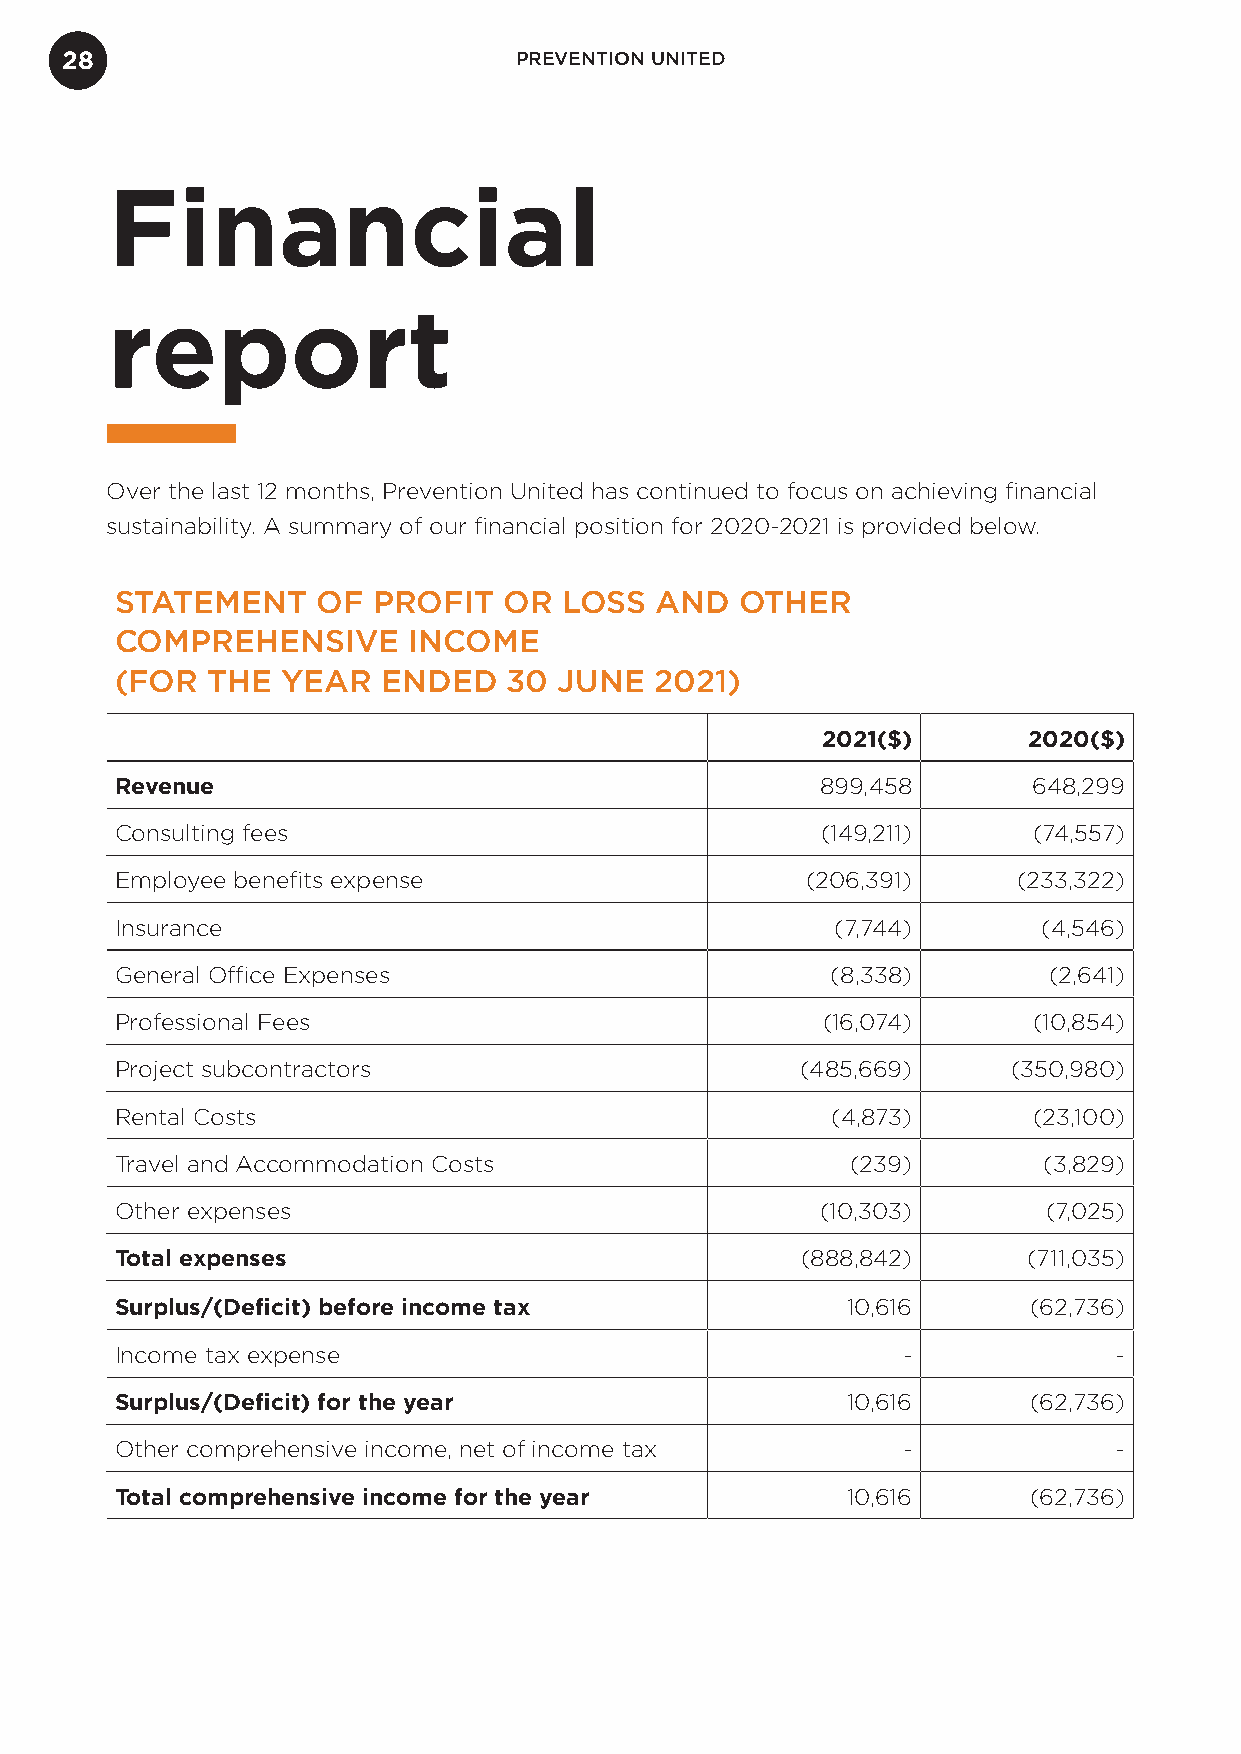
28                            PREVENTION UNITED
 Financial
 report
 Over the last 12 months, Prevention United has continued to focus on achieving financial
 sustainability. A summary of our financial position for 2020-2021 is provided below.
 STATEMENT    OF  PROFIT  OR  LOSS  AND   OTHER
 COMPREHENSIVE      INCOME
 (FOR  THE  YEAR  ENDED    30 JUNE  2021)
 2021($)       2020($)
 Revenue                                       899,458       648,299
 Consulting fees                               (149,211)     (74,557)
 Employee benefits expense                    (206,391)     (233,322)
 Insurance                                      (7,744)       (4,546)
 General Office Expenses                        (8,338)       (2,641)
 Professional Fees                             (16,074)      (10,854)
 Project subcontractors                       (485,669)     (350,980)
 Rental Costs                                   (4,873)      (23,100)
 Travel and Accommodation Costs                  (239)        (3,829)
 Other expenses                                (10,303)       (7,025)
 Total expenses                               (888,842)      (711,035)
 Surplus/(Deficit) before income tax             10,616      (62,736)
 Income tax expense                                  -             -
 Surplus/(Deficit) for the year                  10,616      (62,736)
 Other comprehensive income, net of income tax       -             -
 Total comprehensive income for the year         10,616      (62,736)